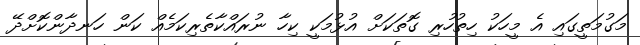
މަގުމަތީގައި އެ މީހަކު ހިތުހުރި ގޮތަކަށް އުޅުމަކީ ކިހާ ނުރައްކާތެރިކަމެއް ކަން ހަނދާންކޮށްދޭ